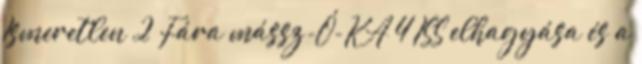
Ismeretlen 2 Fára mássz-Ó-KA 4 ISS elhagyása és a